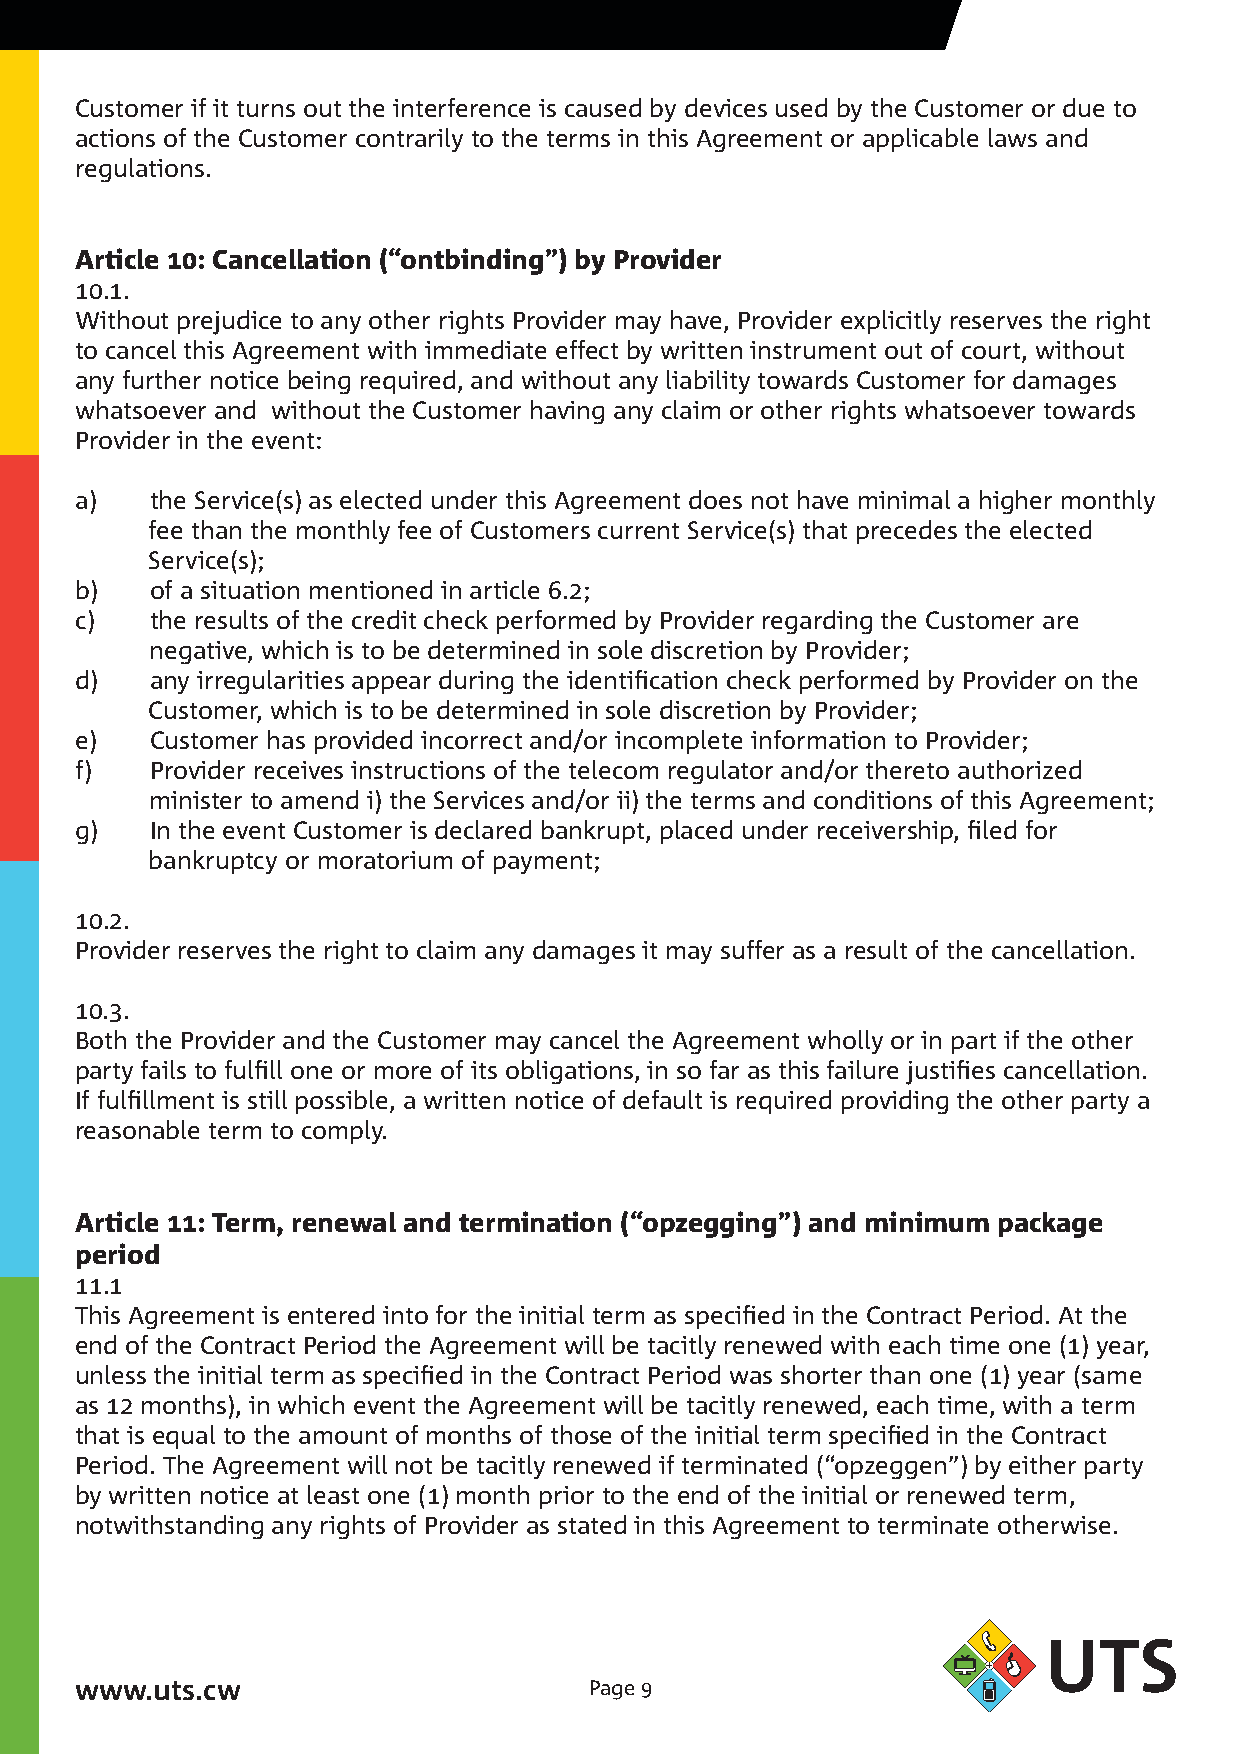
Customer if it turns out the interference is caused by devices used by the Customer or due to
 actions of the Customer contrarily to the terms in this Agreement or applicable laws and
 regulations.
 Article 10: Cancellation (“ontbinding”) by Provider
 0..
 Without prejudice to any other rights Provider may have, Provider explicitly reserves the right
 to cancel this Agreement with immediate effect by written instrument out of court, without
 any further notice being required, and without any liability towards Customer for damages
 whatsoever and without the Customer having any claim or other rights whatsoever towards
 Provider in the event:
 a)   the Service(s) as elected under this Agreement does not have minimal a higher monthly
 fee than the monthly fee of Customers current Service(s) that precedes the elected
 Service(s);
 b)   of a situation mentioned in article 6.;
 c)   the results of the credit check performed by Provider regarding the Customer are
 negative, which is to be determined in sole discretion by Provider;
 d)   any irregularities appear during the identification check performed by Provider on the
 Customer, which is to be determined in sole discretion by Provider;
 e)   Customer has provided incorrect and/or incomplete information to Provider;
 f)   Provider receives instructions of the telecom regulator and/or thereto authorized
 minister to amend i) the Services and/or ii) the terms and conditions of this Agreement;
 g)   In the event Customer is declared bankrupt, placed under receivership, filed for
 bankruptcy or moratorium of payment;
 0..
 Provider reserves the right to claim any damages it may suffer as a result of the cancellation.
 0.3.
 Both the Provider and the Customer may cancel the Agreement wholly or in part if the other
 party fails to fulfill one or more of its obligations, in so far as this failure justifies cancellation.
 If fulfillment is still possible, a written notice of default is required providing the other party a
 reasonable term to comply.
 Article 11: Term, renewal and termination (“opzegging”) and minimum package
 period
 .
 This Agreement is entered into for the initial term as specified in the Contract Period. At the
 end of the Contract Period the Agreement will be tacitly renewed with each time one () year,
 unless the initial term as specified in the Contract Period was shorter than one () year (same
 as  months), in which event the Agreement will be tacitly renewed, each time, with a term
 that is equal to the amount of months of those of the initial term specified in the Contract
 Period. The Agreement will not be tacitly renewed if terminated (“opzeggen”) by either party
 by written notice at least one () month prior to the end of the initial or renewed term,
 notwithstanding any rights of Provider as stated in this Agreement to terminate otherwise.
 www.uts.cw                        Page 9